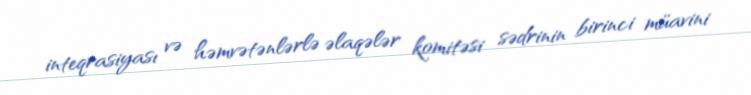
inteqrasiyası və həmvətənlərlə əlaqələr komitəsi sədrinin birinci müavini